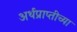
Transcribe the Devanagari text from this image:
अर्थप्राप्तीच्या